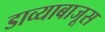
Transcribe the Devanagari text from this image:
डाव्याबाजूस